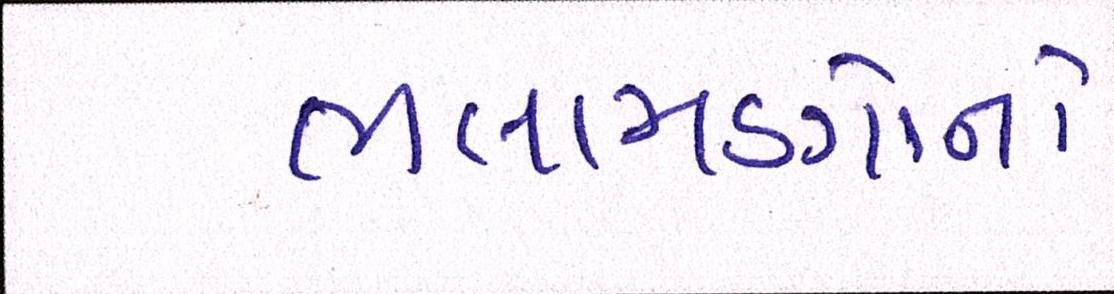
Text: ભલામણોનો